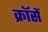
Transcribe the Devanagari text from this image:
क्रॉसें